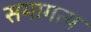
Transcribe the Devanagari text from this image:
समागत्य